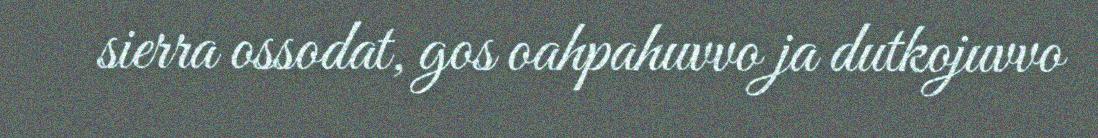
sierra ossodat, gos oahpahuvvo ja dutkojuvvo